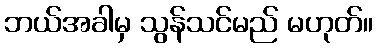
ဘယ်အခါမှ သွန်သင်မည် မဟုတ်။